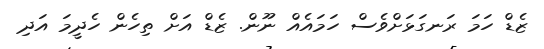
ޒެޑް ހަމަ ރަނގަޅަށްވެސް ހަމައެއް ނޫން. ޒެޑް އަށް ތިހެން ހެދީމަ އަދި